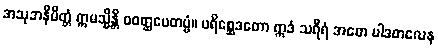
အသုဘနိမိတ္တံ ဣမသ္မိန္တိ ဝဝတ္ထပေတဗ္ဗံ။ ပရိစ္ဆေဒတော ဣဒံ သရီရံ အဓော ပါဒတလေန